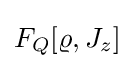
F_{Q}[\varrho ,J_{z}]